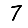
Digit: 7